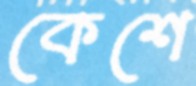
কেশে